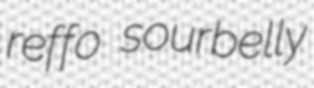
reffo sourbelly